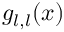
g _ { l , l } ( x )